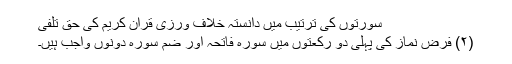
سورتوں کی ترتیب میں دانستہ خلاف ورزی قرآن کریم کی حق تلفی
(۲) فرض نماز کی پہلی دو رکعتوں میں سورہ فاتحہ اور ضم سورہ دونوں واجب ہیں۔